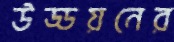
উড্ডয়নের